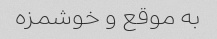
به موقع و خوشمزه